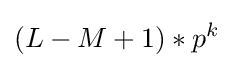
(L-M+1)*p^{k}